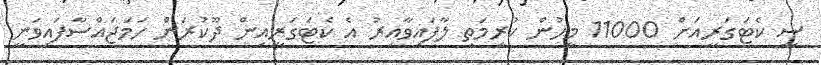
ސީ ކެޓަގަރީއަށް 11000 މީހުން ކުރިމަތި ލާފައިވާއިރު އެ ކެޓަގަރީއިން ދޫކުރަން ހަމަޖައްސާފައިވަނީ